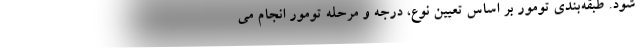
شود. طبقه‌بندی تومور بر اساس تعیین نوع، درجه و مرحله تومور انجام می